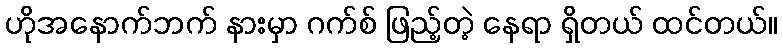
ဟိုအနောက်ဘက် နားမှာ ဂက်စ် ဖြည့်တဲ့ နေရာ ရှိတယ် ထင်တယ်။